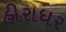
હીરાધર